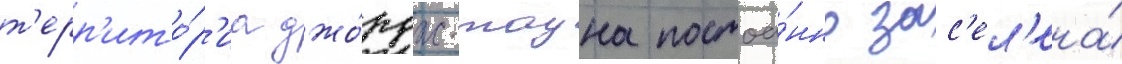
т'ерр'ито́р'иа джо́рдж-тауна постоа́нно зас'ел'ена́